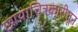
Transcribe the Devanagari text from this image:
छायाचित्रकारीतून